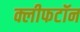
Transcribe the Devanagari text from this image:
क्लीफटॉन